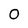
Character: 0